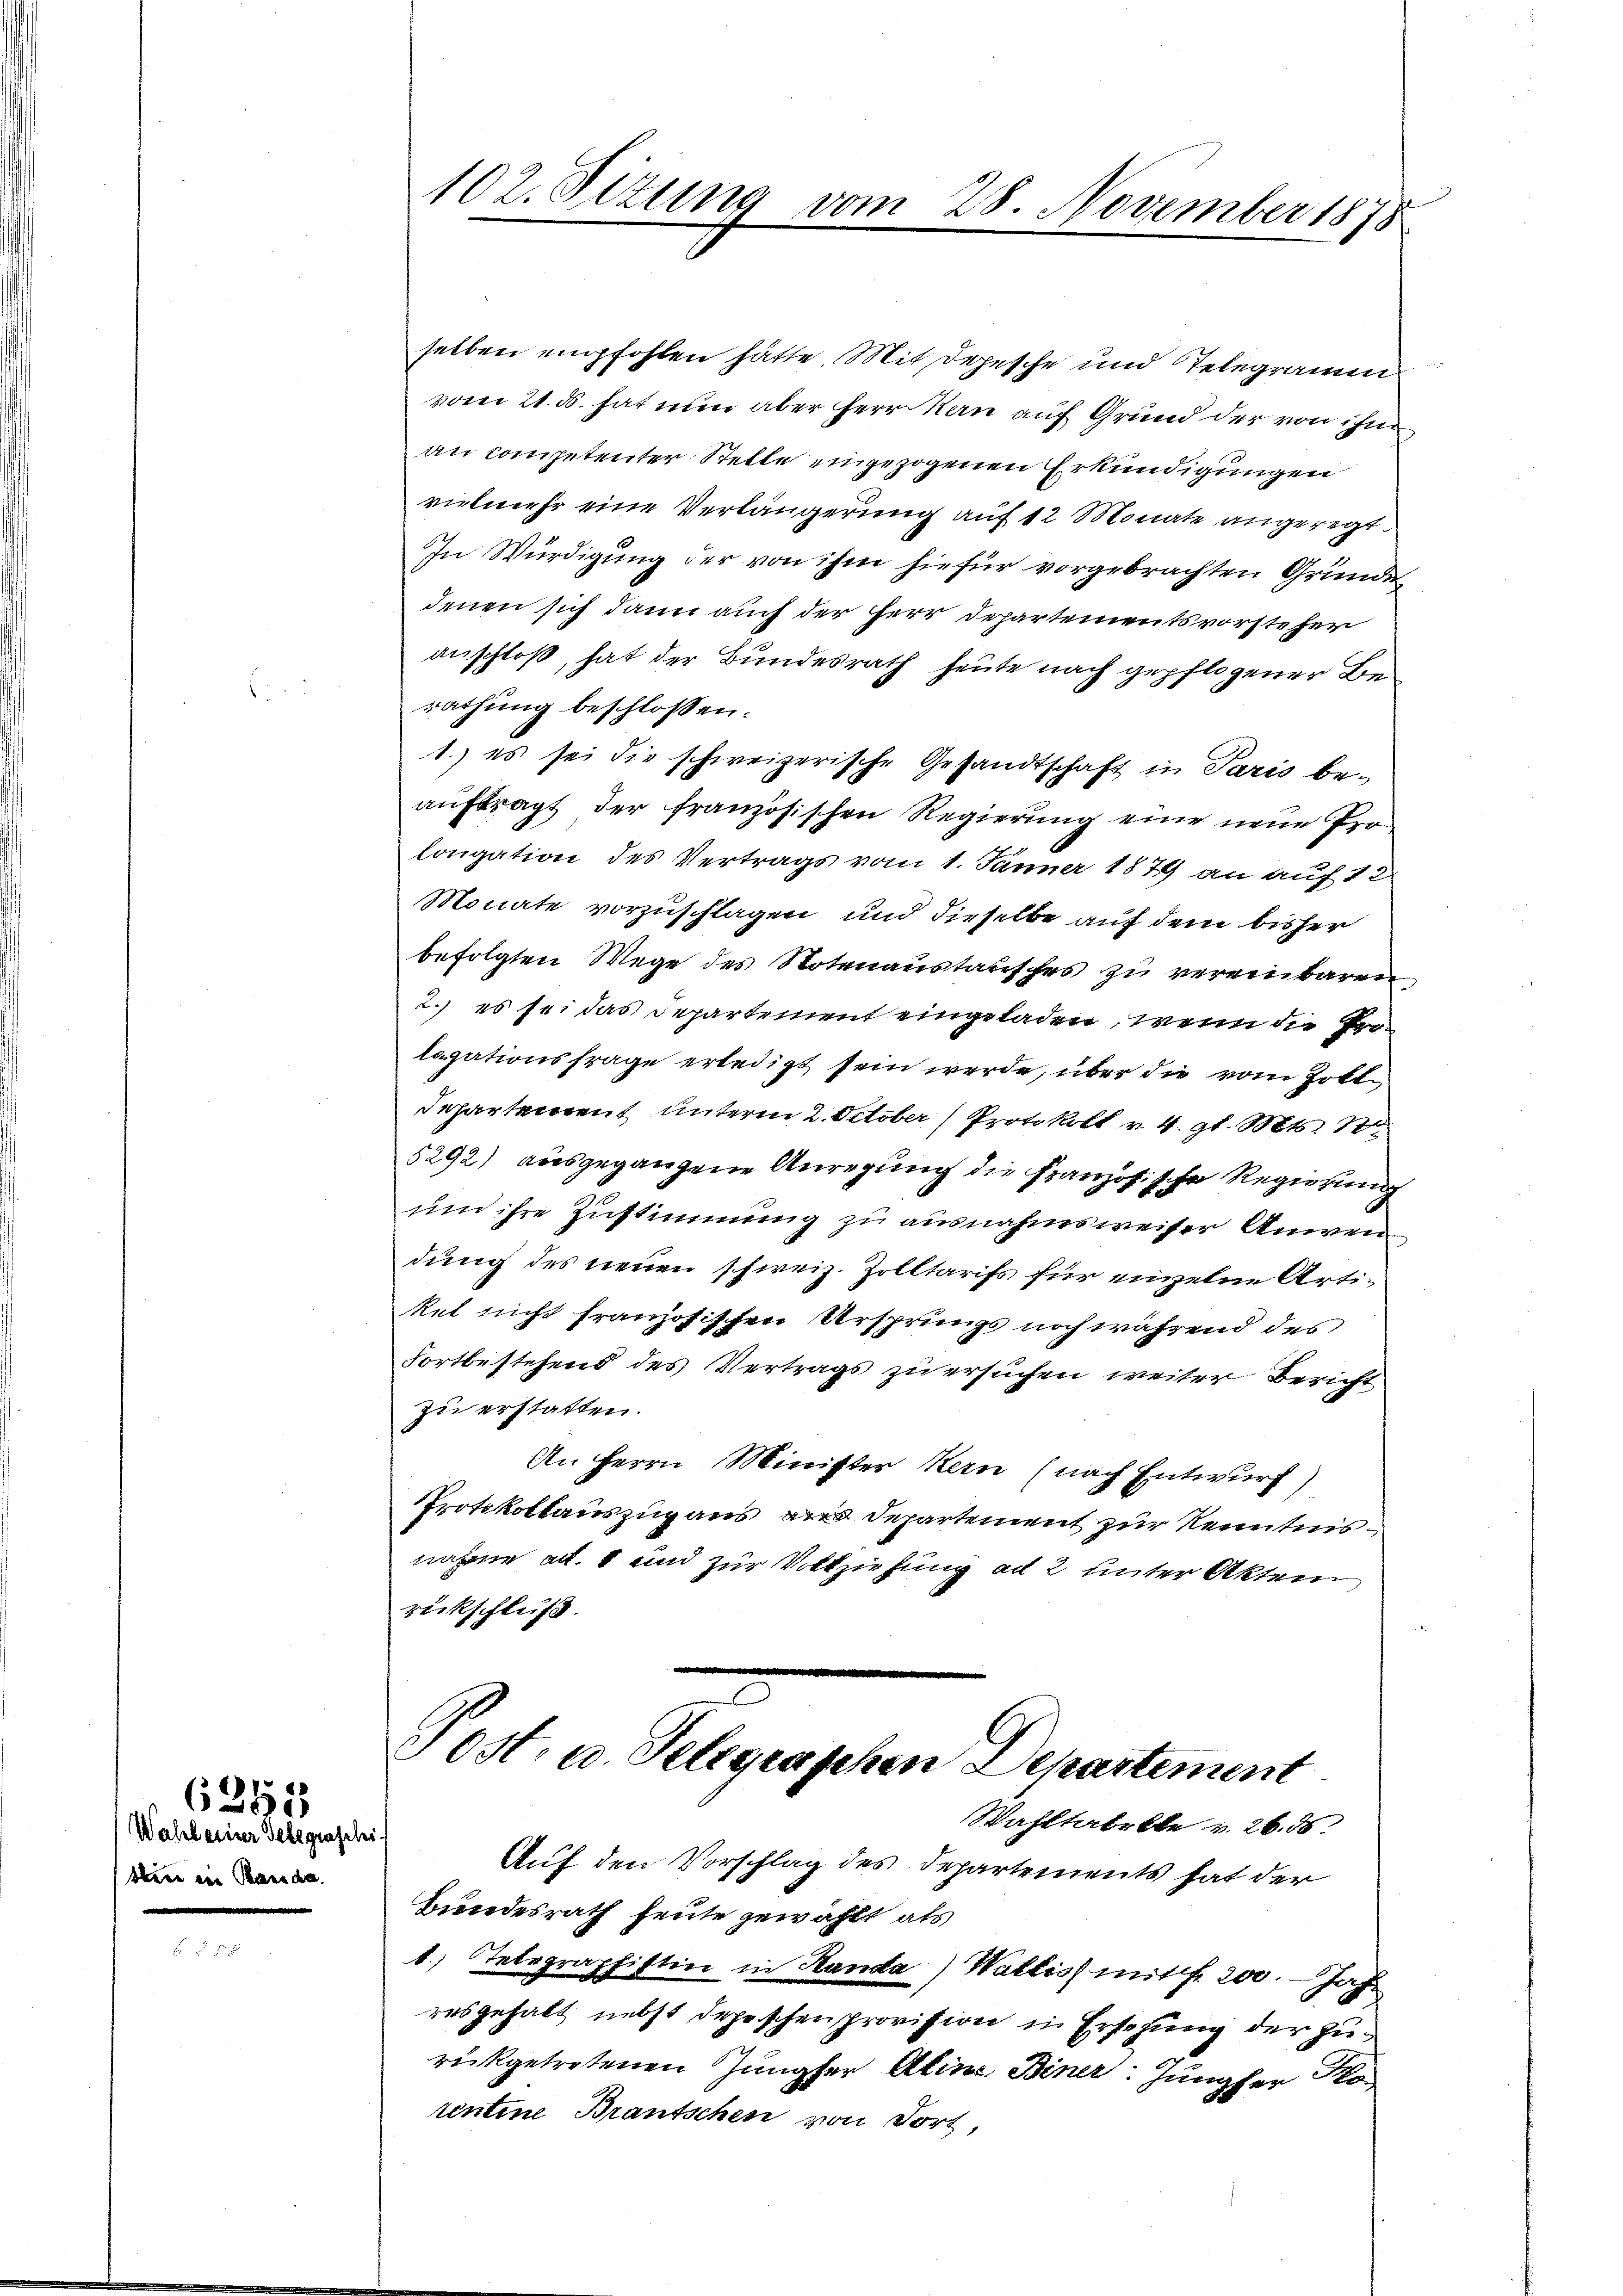
benn ein Serenden.

6252
Wahl einer Gelegraschi

102. Situng vom 28. November 1878

selben empfohlen hätte. Mit Depesche und Telegramm
vom 21. ds. hat nun aber Herr Kan auf Grund der von ihm
an competenter Stelle eingezogenen Erkundigungen
vielmehr eine Verlängerung auf 12 Monate angeregt.
In Würdigung der von ihm hiefür vorgebrachten Gründe
denen sich dann auch der Herr Departementsvorsteher
anschloß, hat der Bundesrath heute nach gepflogener Berathung beschlossen:
1.) es sei die schweizerische Gesandtschaft in Paris be-
auftragt der französischen Regierung eine neue Prolongation des Vertrags vom 1. Jänner 1879 an auf 12
Monate vorzuschlagen und dieselbe auf dem bisher
befolgten Wege des Notenaustausches zu vereinbaren
2.) es sei das Departement eingeladen, wenn die Prolagationsfrage erledigt sein werde, über die vom Zolldepartement unterm 2. October Protokoll v. 4. gl. Mts. 10.
5292) ausgegangene Anregung die Französische Regierung
und ihre Zustimmung zu ausnahmsweiser Anwen
dung des neuen schweiz. Zolltarifs für einzelne Artikel nicht französischen Ursprungs noch während des
fortbestehend des Vertrags zu ersuchen weiter Bericht
zu erstatten.
An Herrn Minister Kern (nach Entwurf)
Protokollauszug aus an Departement zur Kenntnisnahme ad. 1 und zur Vollziehung ad 2 unter Akten
rückschluß.
Post, u. Telegraschen Departement
Wahltabelle v. 26. 56
Auf den Vorschlag des Departements hat der
Bundesrath heute gewählt, als
1) Telegraphistin in Handa) Wallis mit 200. Jah
resgehalt nebst Depeschen provision in Ersehung der Zurükgetretenen Jungfer Aline. Biner: Jungfer Po
rentine Brautschen von dort,